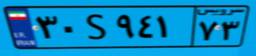
۳۰S۹۴۱۷۳